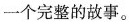
一个完整的故事。